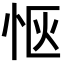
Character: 𪫯